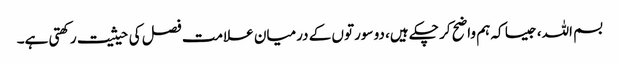
بسم اللہ، جیسا کہ ہم واضح کر چکے ہیں، دو سورتوں کے درمیان علامت فصل کی حیثیت رکھتی ہے۔